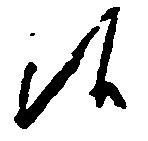
候